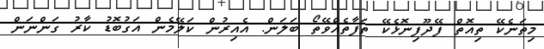
މިތަނެކޭ ތިއޮތް ފޭދޫފިނޮޅެކޭ ތަފާތެއްވޭތޯ ބަލަން. އެއިރުން ކަލޭމެން އަގުބޮޑު ކާރު ގަންނަން